Vaccination in Bombay 1874-1876 - 1874-1876
Year: 1874
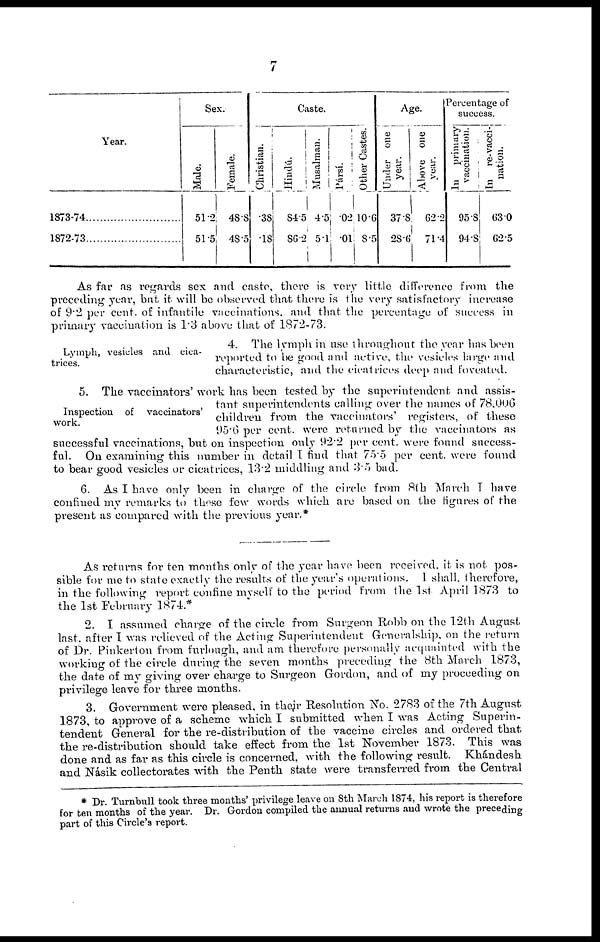
7
Year.
1873-74
1872-73
Sex.
Male.
51.2
51.5
Female.
48.8
48.5
Caste.
Christian.
.38
.18
Hindú.
84.5
86.2
Musalman.
4.5
5.1
Pársí.
.02
.01
Other Castes.
10.6
8.5
Age.
Under one
year.
37.8
28.6
Above one
year.
62.2
71.4
Percentage of
success.
In primary
vaccination.
95.8
94.8
In re-vacci-
nation.
63.0
62.5
As far as regards sex and caste, there is very little difference from the
preceding year, but it will be observed that there is the very satisfactory increase
of 9.2 per cent. of infantile vaccinations, and that the percentage of success in
primary vaccination is 1.3 above that of 1872-73.
Lymph, vesicles and cica-
trices.
4. The lymph in use throughout the year has been
reported to be good and active, the vesicles large and
characteristic, and the cicatrices deep and foveated.
Inspection of vaccinators'
work.
5. The vaccinators' work has been tested by the superintendent and assis-
tant superintendents calling over the names of 78,006
children from the vaccinators' registers, of these
95.6 per cent. were returned by the vaccinators as
successful vaccinations, but on inspection only 92.2 per cent. were found success-
ful. On examining this number in detail I find that 75.5 per cent. were found
to bear good vesicles or cicatrices, 13.2 middling and 3.5 bad.
6. As I have only been in charge of the circle from 8th March I have
confined my remarks to these few words which are based on the figures of the
present as compared with the previous year.*
As returns for ten months only of the year have been received, it is not pos-
sible for me to state exactly the results of the year's operations. I shall therefore,
in the following report confine myself to the period from the 1st April 1873 to
the 1st February 1874.*
2. I assumed charge of the circle from Surgeon Robb on the 12th August
last, after I was relieved of the Acting Superintendent Generalship, on the return
of Dr. Pinkerton from furlough, and am therefore personally acquainted with the
workiug of the circle during the seven months preceding the 8th March 1873,
the date of my giving over charge to Surgeon Gordon, and of my proceeding on
privilege leave for three months.
3. Government were pleased, in their Resolution No. 2783 of the 7th August
1873, to approve of a scheme which I submitted when I was Acting Superin-
tendent General for the re-distribution of the vaccine circles and ordered that
the re-distribution should take effect from the 1st November 1873. This was
done and as far as this circle is concerned, with the following result. Khándesh
and Násik collectorates with the Penth state were transferred from the Central
* Dr. Turnbull took three months' privilege leave on 8th March 1874, his report is therefore
for ten months of the year. Dr. Gordon compiled the annual returns and wrote the preceding
part of this Circle's report.